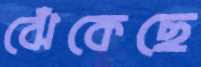
ঝেঁকেছে